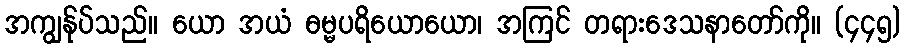
အကျွန်ုပ်သည်။ ယော အယံ ဓမ္မပရိယောယော၊ အကြင် တရားဒေသနာတော်ကို။ (၄၄၅)